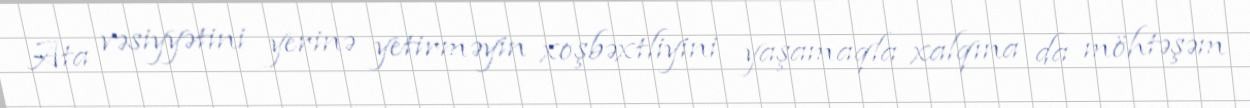
Ata vəsiyyətini yerinə yetirməyin xoşbəxtliyini yaşamaqla xalqına da möhtəşəm